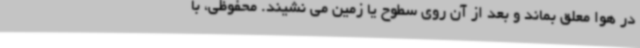
در هوا معلق بماند و بعد از آن روی سطوح یا زمین می نشیند. محفوظی، با